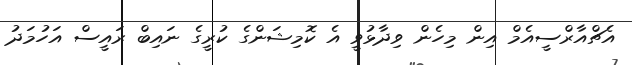
އެޗްއާރްސީއެމް އިން މިހެން ވިދާޅުވީ އެ ކޮމިޝަންގެ ކުރީގެ ނައިބް ރައީސް އަހުމަދު